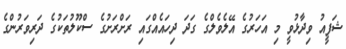
ޝަފީއު ވިދާޅުވީ މި އަހަރުގެ އޭލެވެލްގެ ގަދަ ދިހައެއްގައި ރަށްރަށުގެ ސްކޫލުތަކުގެ ދަރިވަރުންގެ